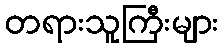
တရားသူကြီးများ